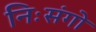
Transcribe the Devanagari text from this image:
निःसंगो